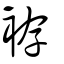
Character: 袸